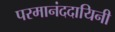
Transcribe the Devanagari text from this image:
परमानंददायिनी